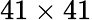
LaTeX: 41\times 41